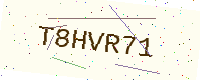
Text: T8HVR71